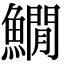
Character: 𩻘